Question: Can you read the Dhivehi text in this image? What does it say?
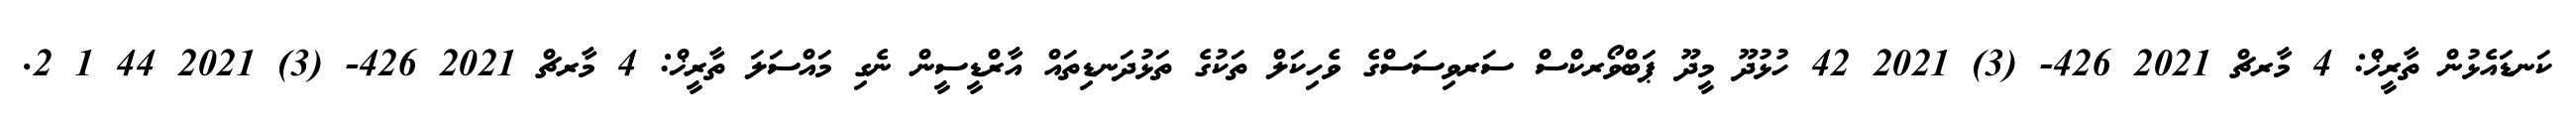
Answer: ކަނޑައެޅުން ތާރީޚް: 4 މާރޗް 2021 426- (3) 2021 42 ހުޅުދޫ މީދޫ ޕަބްވޯރކްސް ސަރވިސަސްގެ ވެހިކަލް ތަކުގެ ތަޅުދަނޑިތައް އާރްޑީސީން ނެގި މައްސަލަ ތާރީޚް: 4 މާރޗް 2021 426- (3) 2021 44 1 2.